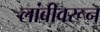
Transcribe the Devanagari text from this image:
लांबीवरून